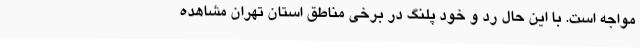
مواجه است. با این حال رد و خود ‌پلنگ در برخی مناطق استان تهران مشاهده